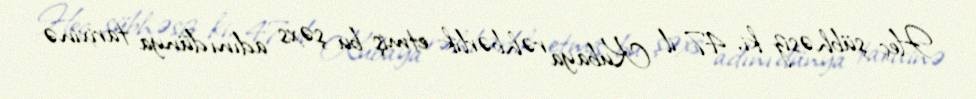
Heç şübhəsiz ki, 47 il Kubaya rəhbərlik etmiş bu şəxs adını dünya tarixinə